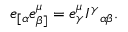
e _ { [ \alpha } e _ { \beta ] } ^ { \mu } = e _ { \gamma } ^ { \mu } I ^ { \gamma } { } _ { \alpha \beta } .